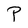
Character: P